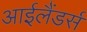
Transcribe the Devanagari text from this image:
आईलैंडर्स